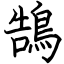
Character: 鵠